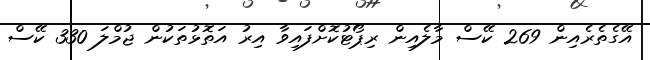
އޭގެތެރެއިން 269 ކޭސް މާލެއިން ރިޕޯޓުކޮށްފައިވާ އިރު އަތޮޅުތަކުން ޖުމްލަ 330 ކޭސް